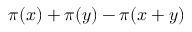
\pi ( x ) + \pi ( y ) - \pi ( x + y )